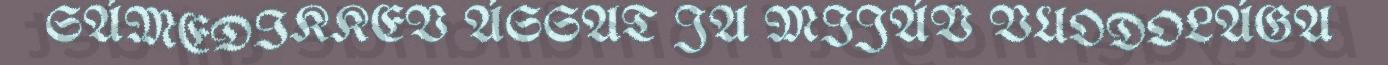
SÁMEDIKKEV ÁSSAT JA MIJÁV VUODOLÁGA